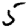
Digit: 5